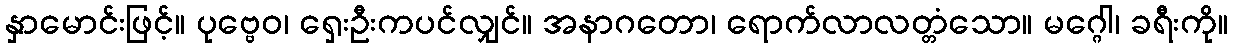
နှာမောင်းဖြင့်။ ပုဗ္ဗေဝ၊ ရှေးဦးကပင်လျှင်။ အနာဂတော၊ ရောက်လာလတ္တံသော။ မဂ္ဂေါ၊ ခရီးကို။